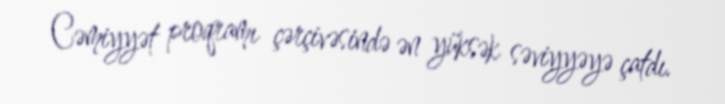
Cəmiyyət proqramı çərçivəsində ən yüksək səviyyəyə çatdı.